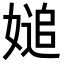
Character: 𡟴